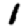
Digit: 1